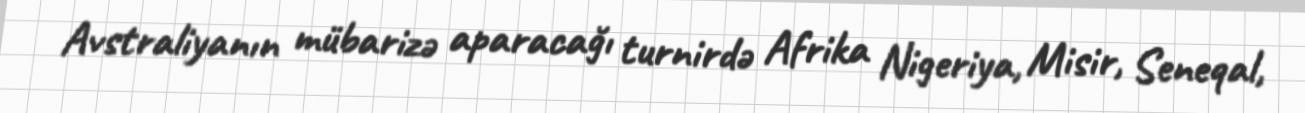
Avstraliyanın mübarizə aparacağı turnirdə Afrika Nigeriya, Misir, Seneqal,